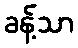
ခန့်သာ